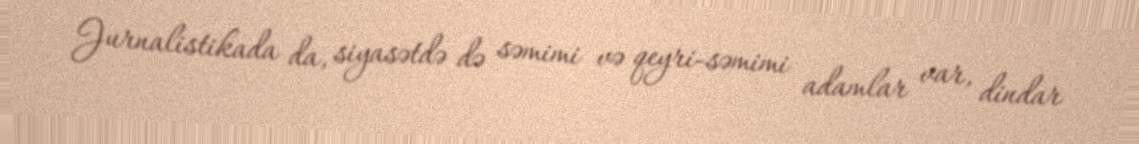
Jurnalistikada da, siyasətdə də səmimi və qeyri-səmimi adamlar var, dindar